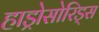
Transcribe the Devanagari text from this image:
हाड्रोसोरिड्स